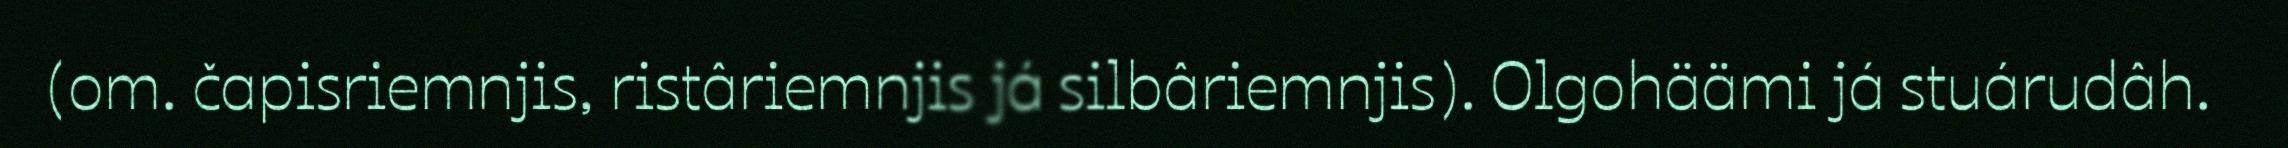
(om. čapisriemnjis, ristâriemnjis já silbâriemnjis). Olgohäämi já stuárudâh.